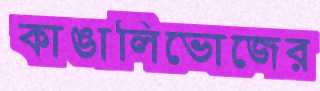
কাঙালিভোজের